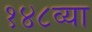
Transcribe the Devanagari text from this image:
१४८व्या